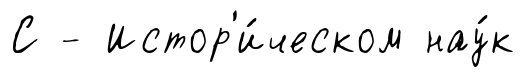
С - Истор'и́ческом нау́к